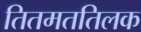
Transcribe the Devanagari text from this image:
तितमततिलक